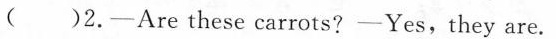
( )2.—Are these carrots? —Yes,they are.